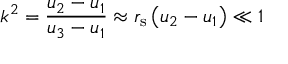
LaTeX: k ^ { 2 } = { \frac { u _ { 2 } - u _ { 1 } } { u _ { 3 } - u _ { 1 } } } \approx r _ { \mathrm { s } } \left( u _ { 2 } - u _ { 1 } \right) \ll 1